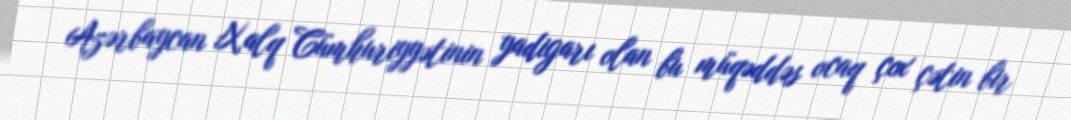
Azərbaycan Xalq Cümhuriyyətinin yadigarı olan bu müqəddəs ocaq çox çətin bir